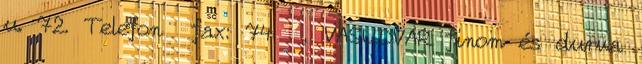
u. 72. Telefon fax: 74 , VASUDVAR finom és durva